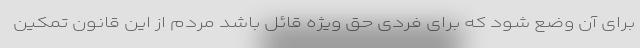
برای آن وضع شود که برای فردی حق ویژه قائل باشد مردم از این قانون تمکین